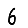
Digit: 6